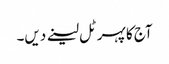
آج کا پہر ٹل لینے دیں۔